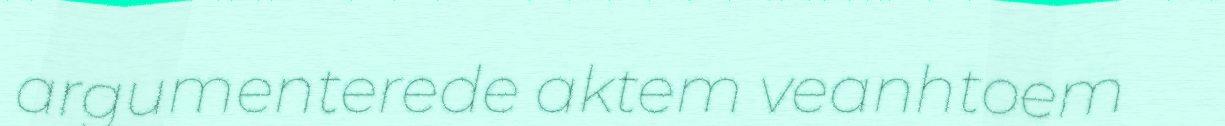
argumenterede aktem veanhtoem